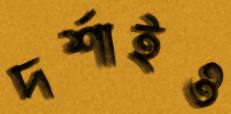
দর্শাইও